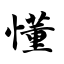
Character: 懂